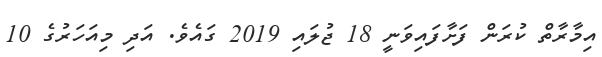
އިމާރާތް ކުރަން ފަށާފައިވަނީ 18 ޖުލައި 2019 ގައެވެ. އަދި މިއަހަރުގެ 10